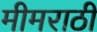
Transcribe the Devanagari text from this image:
मीमराठी